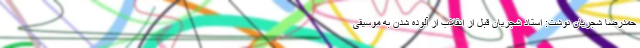
حمدرضا شجریان نوشت: استاد شجریان قبل از انقلاب از آلوده شدن به موسیقی